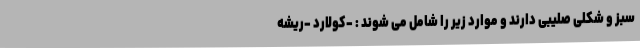
سبز و شکلی صلیبی دارند و موارد زیر را شامل می شوند : -کولارد -ریشه